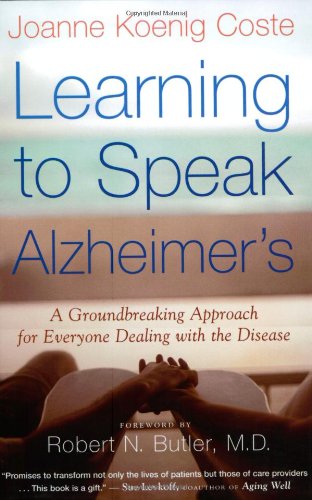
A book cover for Learning to Speak Alzheimer's: A Groundbreaking Approach for Everyone Dealing with the Disease; Joanne Koenig Coste; Health, Fitness & Dieting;